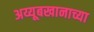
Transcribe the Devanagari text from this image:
अय्यूबखानाच्या